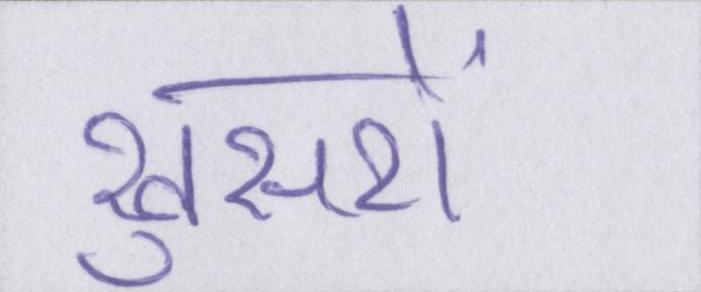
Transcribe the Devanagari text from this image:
खुसरों